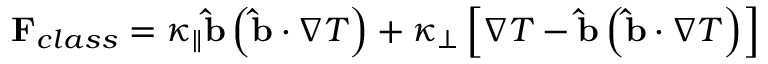
\mathbf { F } _ { c l a s s } = \kappa _ { \parallel } \mathbf { \hat { b } } \left( \mathbf { \hat { b } } \cdot \nabla T \right) + \kappa _ { \perp } \left[ \nabla T - \mathbf { \hat { b } } \left( \mathbf { \hat { b } } \cdot \nabla T \right) \right]